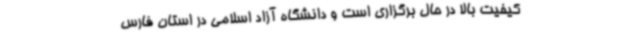
کیفیت بالا در حال برگزاری است و دانشگاه آزاد اسلامی در استان فارس